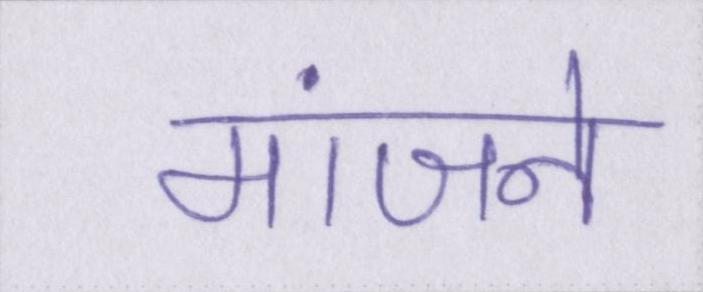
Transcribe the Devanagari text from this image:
मांजने